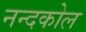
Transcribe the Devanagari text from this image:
नन्दकोल